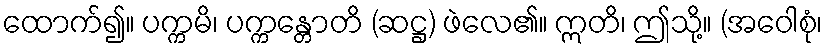
ထောက်၍။ ပက္ကမိ၊ ပက္ကန္တောတိ (ဆဋ္ဌ) ဖဲလေ၏။ ဣတိ၊ ဤသို့။ (အဝေါစုံ၊